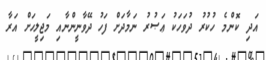
އަދި ކޮންމެ ހުކުރު ދުވަހަކު ޢަޞުރު ނަމާދަށް ފަހު ދޭވާނީންނާއި މަޖިލީހަށް އަރާ